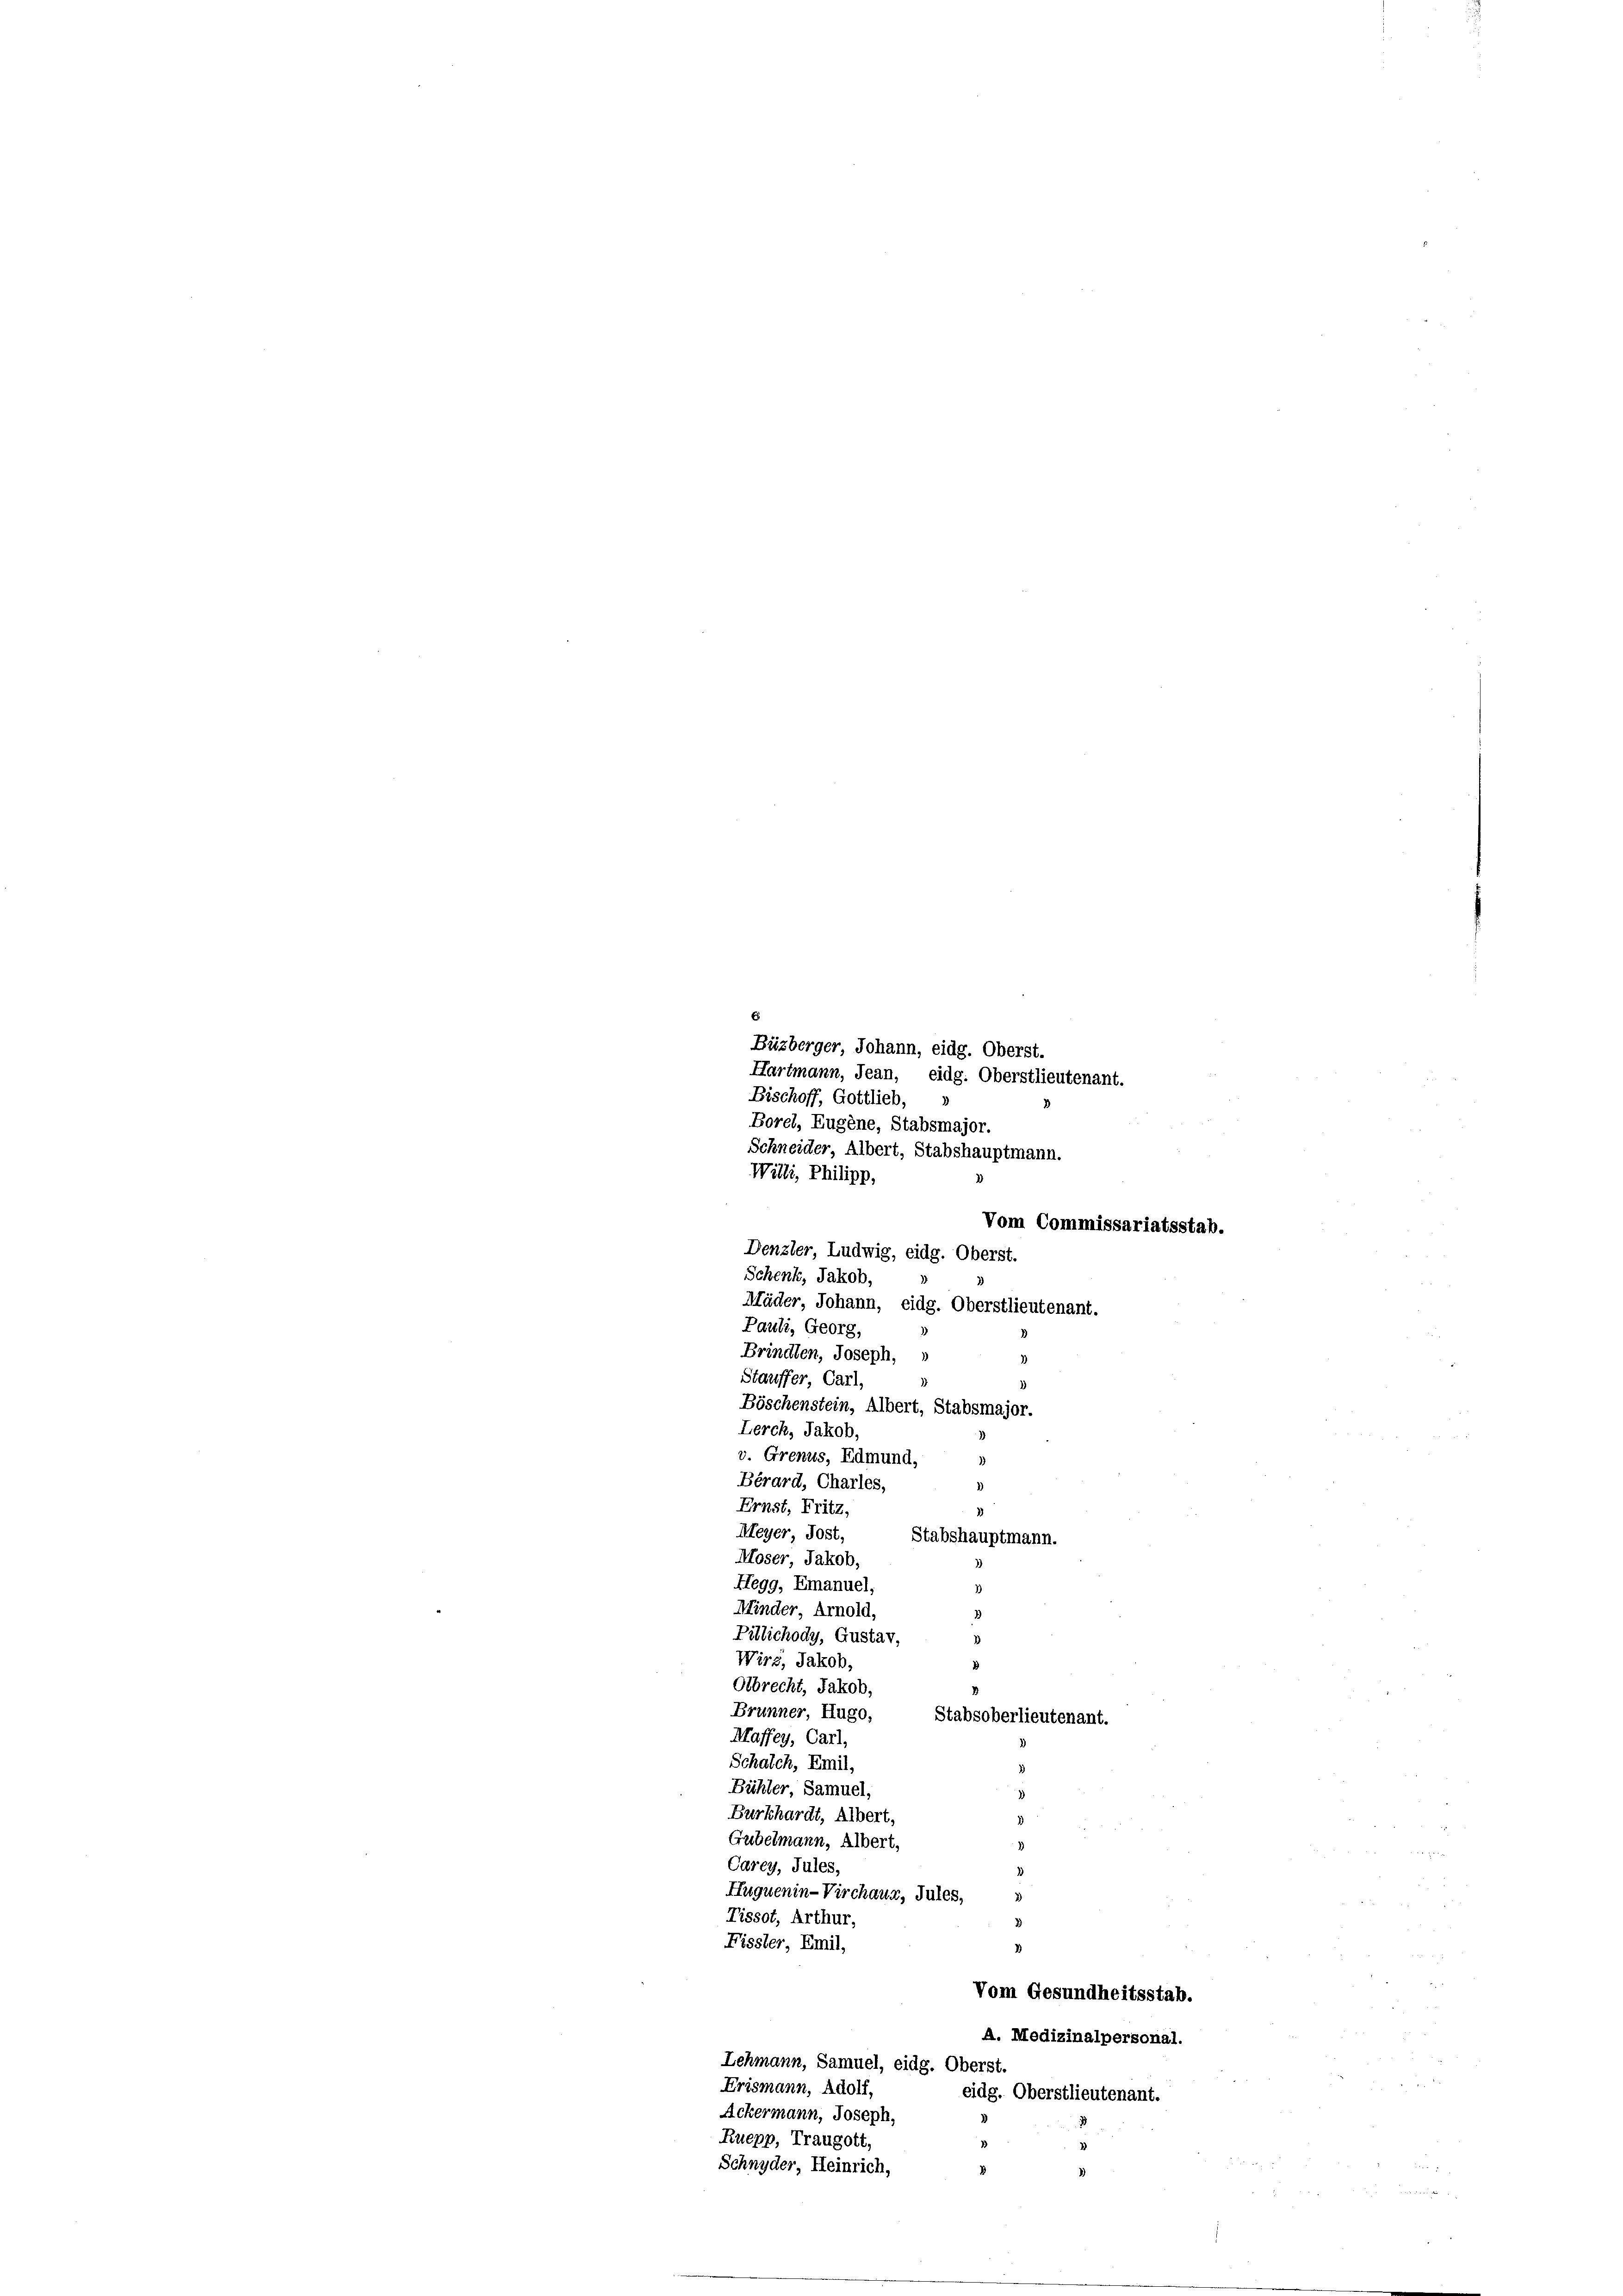
Olbrecht, Jakob,
Brunner Hugo,
Stabsoberlieutenant.
Maffey, Carl,
Schalch, Emil,
Bühler Samuel,
Burkhardt, Albert,
3)
Gubelmann, Albert,
Carey, Jules,
1
Huquenin-Virchaus, Jules,
2)
Tissot, Arthur,
3
Fissler Emil,
d
Vom Gesundheitsstab.
A. Medizinalpersonal.
Lehmann, Samuel, eidg. Oberst.
Erismann, Adolf,
eidg. Oberstlieutenant.
Ackermann, Joseph
Ruepp, Traugott,
Schnyder Heinrich,

Denzler, Ludwig, eidg. Oberst.
Schenk, Jakob,
Mäder Johann, eidg. Oberstlieutenant.
Pauli, Georg,
Brindten, Joseph,
Stauffer Carl,
Böschenstein, Albert, Stabsmajor.
Lerch, Jakob,
v. Grenus, Edmund,
Bérard, Charles,
Ernst, Fritz,
Meyer, Jost,
Stabshauptmann.
Moser Jakob,
Hegg, Emanuel,
Minder Arnold,
Pillichody, Gustav,
)
Wirz, Jakob,

Büzberger Johann, eidg. Oberst.
Hartmann, Jean, eidg. Oberstlieutenant.
Bischoff, Gottlieb,
3
Borel, Eugene, Stabsmajor.
Schneider Albert, Stabshauptmann.
Willi, Philipp,

Vom Commissariatsstab.